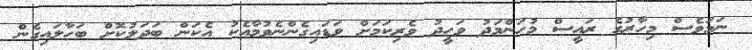
ނަމަވެސް މިހާރުގެ ރައީސް މުހަންމަދު ވަހީދު ވެރިކަމަށް ވަޑައިގެންނެވުމާއެކު އެކަން ބަދަލުކޮށް ބަހާލައިގެން